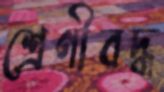
শ্রেণীবদ্ধ